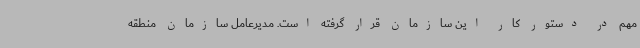
مهم در دستور کار این سازمان قرار گرفته است. مدیرعامل سازمان منطقه